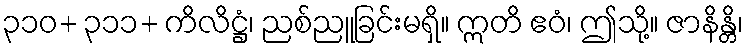
၃၁၀+ ၃၁၁+ ကိလိဋ္ဌံ၊ ညစ်ညူခြင်းမရှိ။ ဣတိ ဧဝံ၊ ဤသို့။ ဇာနိန္တိ၊